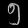
Digit: ၅